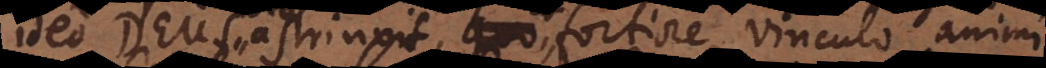
ideo Deus astrinxit, ut fortiore vinculo animi